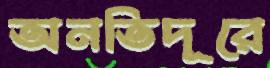
অনতিদূরে